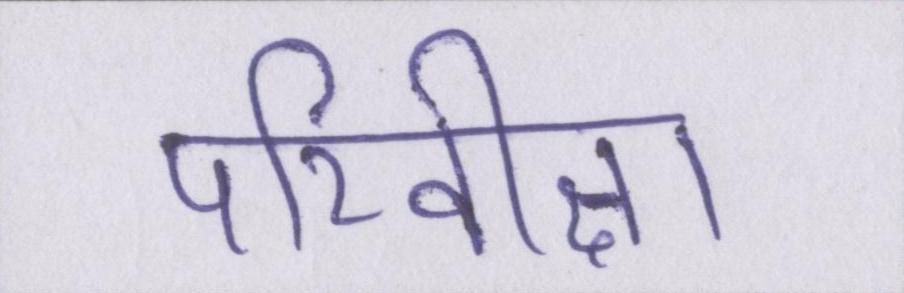
परिवीक्षा